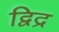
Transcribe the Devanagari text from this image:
द्विद्र